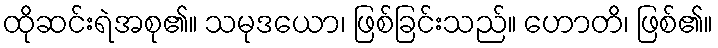
ထိုဆင်းရဲအစု၏။ သမုဒယော၊ ဖြစ်ခြင်းသည်။ ဟောတိ၊ ဖြစ်၏။